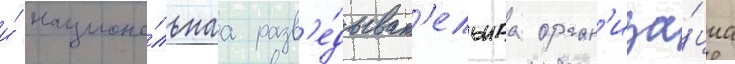
и́ национа́льнаа разв'е́дыват'ельнаа орган'иза́циа